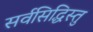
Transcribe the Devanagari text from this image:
सर्वसिद्धिस्तु